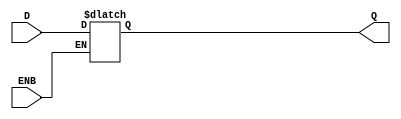
/*
	D latch
	
	test passed
*/

module DFF_ENB (ENB, D, Q);
	input ENB, D;
	output reg Q;
	
	initial Q = 1'b0;
	
	always @ (ENB, D) begin
		if (ENB) begin
			Q = D;
		end		
	end
endmodule

////////////////////////////////////////

module DFF_ENB_tb();
	reg CLK, D;
	wire Q;
	
	DFF_ENB DUT(
		.ENB(CLK),
		.D(D),
		.Q(Q)
	);
	
	initial begin
		CLK = 0;
		#20 CLK = 1;
		#40 CLK = 0;		
		#30 CLK = 1;		
		#30 CLK = 0;	
	end
	
	initial begin
		D = 0;
		#10 D = 1;
		#20 D = 0;
		#5  D = 1;
		#10 D = 0;
		#20 D = 1;
		#5  D = 0;
		#5  D = 1;
		#5  D = 0;
		#15 D = 1;
		#5  D = 0;
		#5  D = 1;
		#25 D = 0;		
		#99 $finish;
	end
	
	
	
endmodule